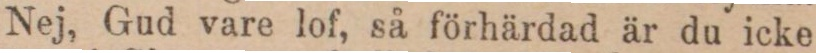
Nej, Gud vare lof, så förhärdad är du icke